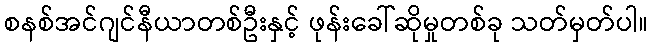
စနစ်အင်ဂျင်နီယာတစ်ဦးနှင့် ဖုန်းခေါ်ဆိုမှုတစ်ခု သတ်မှတ်ပါ။